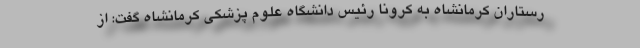
رستاران کرمانشاه به کرونا رئیس دانشگاه علوم پزشکی کرمانشاه گفت: از